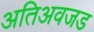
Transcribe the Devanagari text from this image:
अतिअवजड